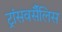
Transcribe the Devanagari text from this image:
ट्रांसवर्सैलिस